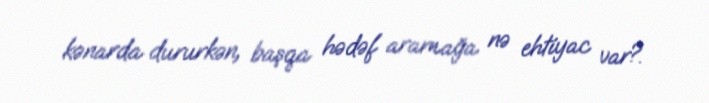
kənarda dururkən, başqa hədəf aramağa nə ehtiyac var?.